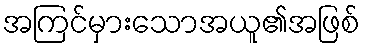
အကြင်မှားသောအယူ၏အဖြစ်